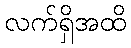
လက်ရှိအထိ